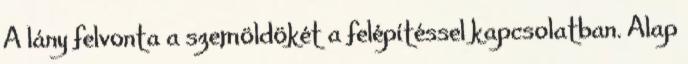
A lány felvonta a szemöldökét a felépítéssel kapcsolatban. Alap